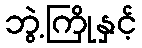
ဘွဲ့ကြိုနှင့်